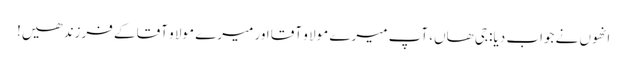
انھوں نے جواب دیا: جی ھاں، آپ میرے مولا و آقا اور میرے مولا و آقا کے فرزند ھیں!